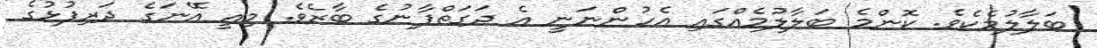
ބަލާލުމެކެވެ. ކޮންމެ ބަލާލުމެއްގައި އެހުންނަނީ އެ ދަގަތްފާނުގެ ބާރެވެ. މިއީ އޭނަގެ ދަރިފުޅުގެ